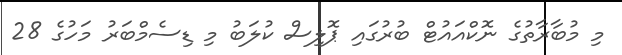
މި މުބާރާތުގެ ނޮކްއައުޓް ބުރުގައި ޕޮލިސް ކުލަބު މި ޑިސެމްބަރު މަހުގެ 28